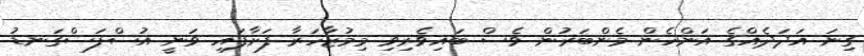
ގިނަ އަދަދެއްގެ އަންހެން މެންބަރުން ވެސް ބައިވެރިވި މިމުޒާހަރާ ފަށާފައި ވަނީ އުސްފަސްގަނޑު